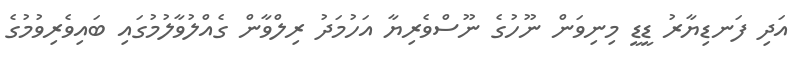
އަދި ފަނޑިޔާރު ޑީޑީ މިނިވަން ނޫހުގެ ނޫސްވެރިޔާ އަހުމަދު ރިލްވާން ގެއްލުވާލުމުގައި ބައިވެރިވުމުގެ